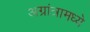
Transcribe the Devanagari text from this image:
अग्रांत्रामध्ये